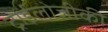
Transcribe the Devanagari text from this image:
ट्राईलोजीकी